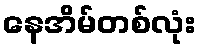
နေအိမ်တစ်လုံး